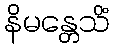
နိမန္တေသိံ